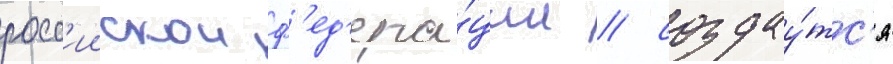
росс'иискои ф'ед'ера́ции / создау́тс'я